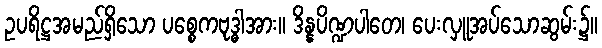
ဥပရိဋ္ဌအမည်ရှိသော ပစ္စေကဗုဒ္ဓါအား။ ဒိန္နပိဏ္ဍပါတေ၊ ပေးလှူအပ်သောဆွမ်း၌။